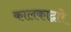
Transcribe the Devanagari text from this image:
कालकाद्वारे